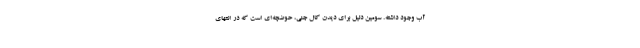
آب وجود داشته. سومین دلیل برای دیدن کال جنی، حوضچه‌ای است که در انتهای